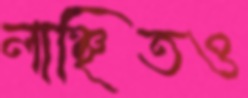
লাঞ্ছিতও